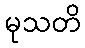
မုသတိ